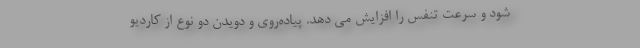
شود و سرعت تنفس را افزایش می دهد. پیاده‌روی و دویدن دو نوع از کاردیو